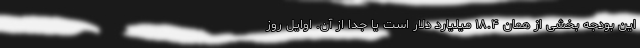
این بودجه بخشی از همان ۱۸.۴ میلیارد دلار است یا جدا از آن. اوایل روز